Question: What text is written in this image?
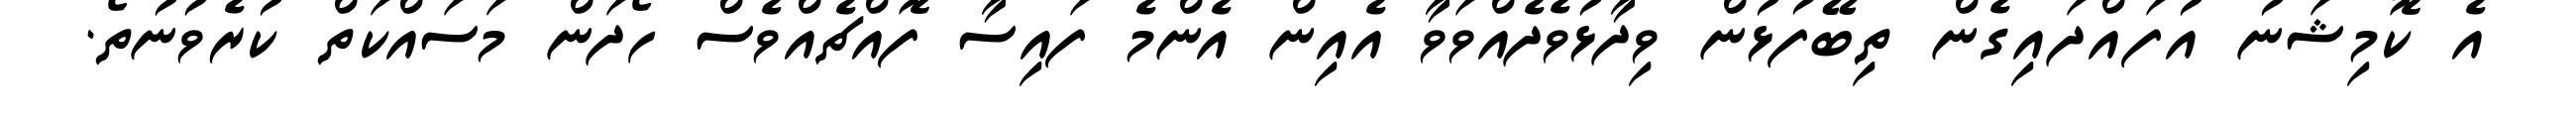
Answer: އެ ކޮމިޝަނު އުފައްދައިގެން ތިބޭފުޅުން ވިދާޅުވެދެއްވަވާ އެއިން އެންމެ ފައިސާ ފޮއްޗެއްވެސް ހޯދަން މަސައްކަތް ކުރެވުނުތޯ.